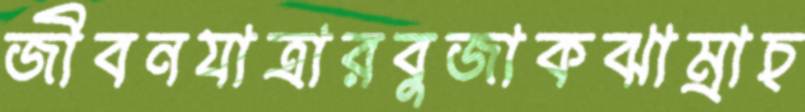
জীবনযাত্রারবুজাকঝাম্‌রাচ্